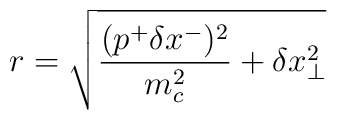
r = \sqrt{\frac{(p^+ \delta x^-)^2}{m_c^2} + \delta x_{\bot}^2}